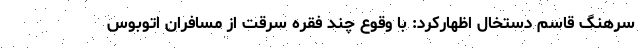
سرهنگ قاسم دستخال اظهارکرد: با وقوع چند فقره سرقت از مسافران اتوبوس